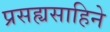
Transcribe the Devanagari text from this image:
प्रसह्यसाहिने